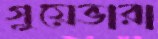
গুয়েভারা